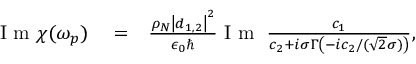
\begin{array} { r l r } { \mathrm { ~ I ~ m ~ } \chi ( \omega _ { p } ) } & { { } = } & { \frac { \rho _ { N } \left| \boldsymbol d _ { 1 , 2 } \right| ^ { 2 } } { \epsilon _ { 0 } \hbar } \mathrm { ~ I ~ m ~ } \; \frac { c _ { 1 } } { c _ { 2 } + i \sigma \Gamma \left( - i c _ { 2 } / ( \sqrt { 2 } \sigma ) \right) } , } \end{array}